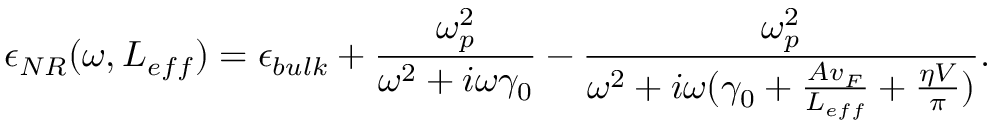
\epsilon _ { N R } ( \omega , L _ { e f f } ) = \epsilon _ { b u l k } + \frac { \omega _ { p } ^ { 2 } } { \omega ^ { 2 } + i \omega \gamma _ { 0 } } - \frac { \omega _ { p } ^ { 2 } } { \omega ^ { 2 } + i \omega ( \gamma _ { 0 } + \frac { A v _ { F } } { L _ { e f f } } + \frac { \eta V } { \pi } ) } .